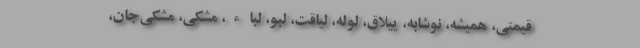
قیمتی، همیشه، نوشابه، ییلاق، لوله، لیاقت، لبو، لباء، مشکی، مشکی‌جان،